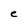
Character: e